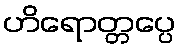
ဟိရောတ္တပ္ပေ